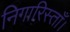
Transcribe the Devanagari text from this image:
निगारिस्ताँ।